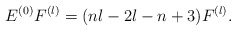
\begin{align*}E^{(0)}F^{(l)}=(nl-2l-n+3)F^{(l)}.\end{align*}